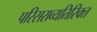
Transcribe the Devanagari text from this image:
परिसराव्यतिरिक्त